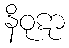
နိဝုဋာ